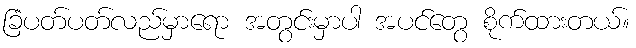
ခြံပတ်ပတ်လည်မှာရော အတွင်းမှာပါ အပင်တွေ စိုက်ထားတယ်။